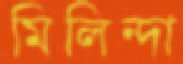
মিলিন্দা